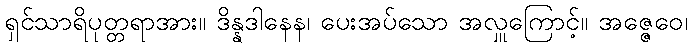
ရှင်သာရိပုတ္တရာအား။ ဒိန္နဒါနေန၊ ပေးအပ်သော အလှူကြောင့်။ အဇ္ဇေဝေ၊